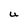
Character: U